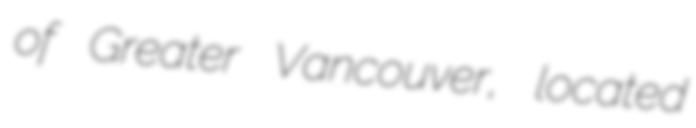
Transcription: of Greater Vancouver, located